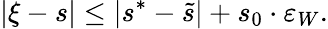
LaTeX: |\xi-s|\leq|s^{*}-\widetilde s|+s_{0}\cdot\varepsilon_{W}.